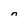
Character: n